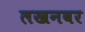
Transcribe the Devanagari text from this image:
लखनवर